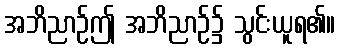
အဘိညာဉ်ဤ အဘိညာဉ်၌ သွင်းယူရ၏။